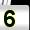
Digit: 5